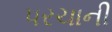
પરચાની